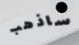
ساذهب